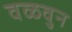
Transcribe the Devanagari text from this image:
वळवुन